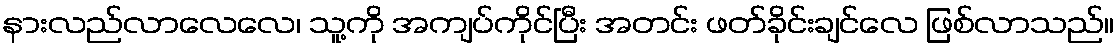
နားလည်လာလေလေ၊ သူ့ကို အကျပ်ကိုင်ပြီး အတင်း ဖတ်ခိုင်းချင်လေ ဖြစ်လာသည်။